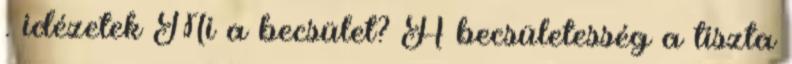
. idézetek Mi a becsület? A becsületesség a tiszta